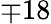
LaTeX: \mp 18